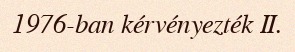
1976-ban kérvényezték II.